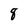
Character: 8